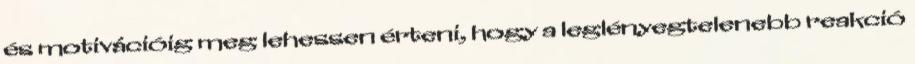
és motivációig meg lehessen érteni, hogy a leglényegtelenebb reakció